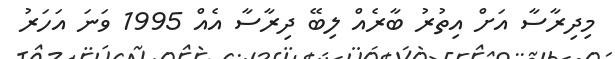
މިދިރާސާ އަށް އިތުރު ބާރެއް ލިބޭ ދިރާސާ އެއް 1995 ވަނަ އަހަރު